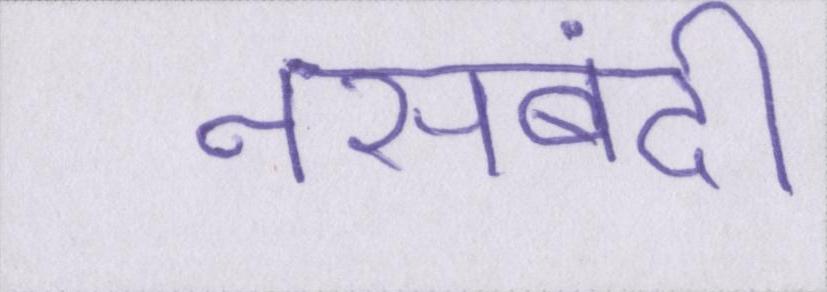
नसबंदी